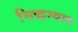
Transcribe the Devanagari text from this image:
सिद्धस्थान